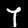
Digit: 7